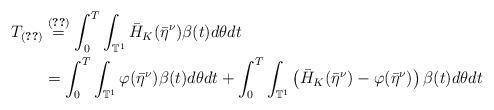
LaTeX: \begin{align*}T_{\eqref{e_37_aux_approx}} &\overset{\eqref{d_aux_cg_ham}}{=} \int_0 ^T \int_{\mathbb{T}^1} \bar{H}_K (\bar{\eta}^{\nu}) \beta(t) d\theta dt \\& = \int_0 ^T \int_{\mathbb{T}^1} \varphi (\bar{\eta}^{\nu}) \beta(t) d\theta dt + \int_0 ^T \int_{\mathbb{T}^1} \left(\bar{H}_K (\bar{\eta}^{\nu}) - \varphi (\bar{\eta}^{\nu}) \right) \beta(t) d\theta dt \end{align*}